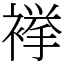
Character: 𧜎